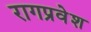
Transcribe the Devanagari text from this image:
रागप्रवेश